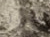
شرير